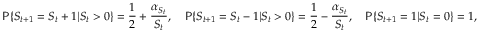
{ \mathsf { P } } \{ S _ { t + 1 } = S _ { t } + 1 | S _ { t } > 0 \} = { \frac { 1 } { 2 } } + { \frac { \alpha _ { S _ { t } } } { S _ { t } } } , \quad { \mathsf { P } } \{ S _ { t + 1 } = S _ { t } - 1 | S _ { t } > 0 \} = { \frac { 1 } { 2 } } - { \frac { \alpha _ { S _ { t } } } { S _ { t } } } , \quad { \mathsf { P } } \{ S _ { t + 1 } = 1 | S _ { t } = 0 \} = 1 ,